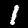
Label: 1